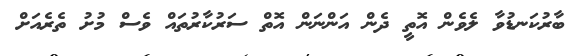
ބާރުކަނޑުވާ ލެވެން އޮތީ ދެން އަންނަން އޮތް ސަރުކާރުތައް ވެސް މުށު ތެރެއަށް